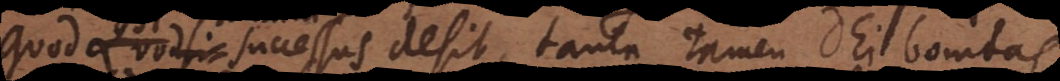
Quod si successus desit, tanta tamen D